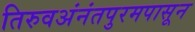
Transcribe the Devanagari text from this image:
तिरुवअंनंतपुरमपासून